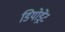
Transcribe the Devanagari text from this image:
डियोड्रेंट